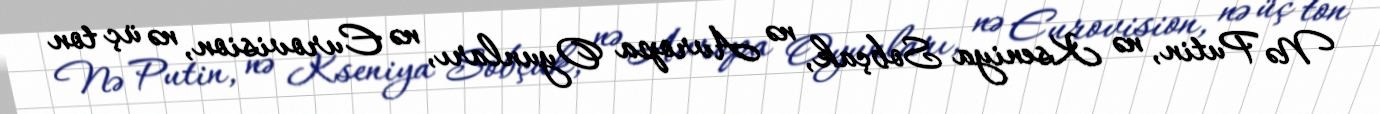
Nə Putin, nə Kseniya Sobçak, nə Avropa Oyunları, nə Eurovision, nə üç ton